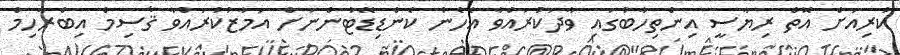
ކުރިއަށް އޮތް ރިޔާސީ އިންތިހާބުގައި ވާދަކުރައްވާ އެހެން ކެންޑިޑޭޓުންނަށް އަމާޒުކުރައްވާ ޤާސިމް އިބްރާހިމް